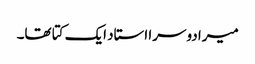
میرا دوسرا استاد ایک کتا تھا۔